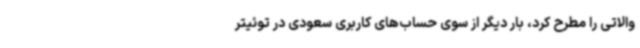
والاتی را مطرح کرد، بار دیگر از سوی حساب‌های کاربری سعودی در توئیتر